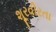
શૂરવીરતા